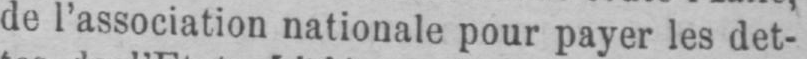
de l’association nationale pour payer les det-